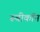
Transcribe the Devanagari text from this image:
रूबीकॉन